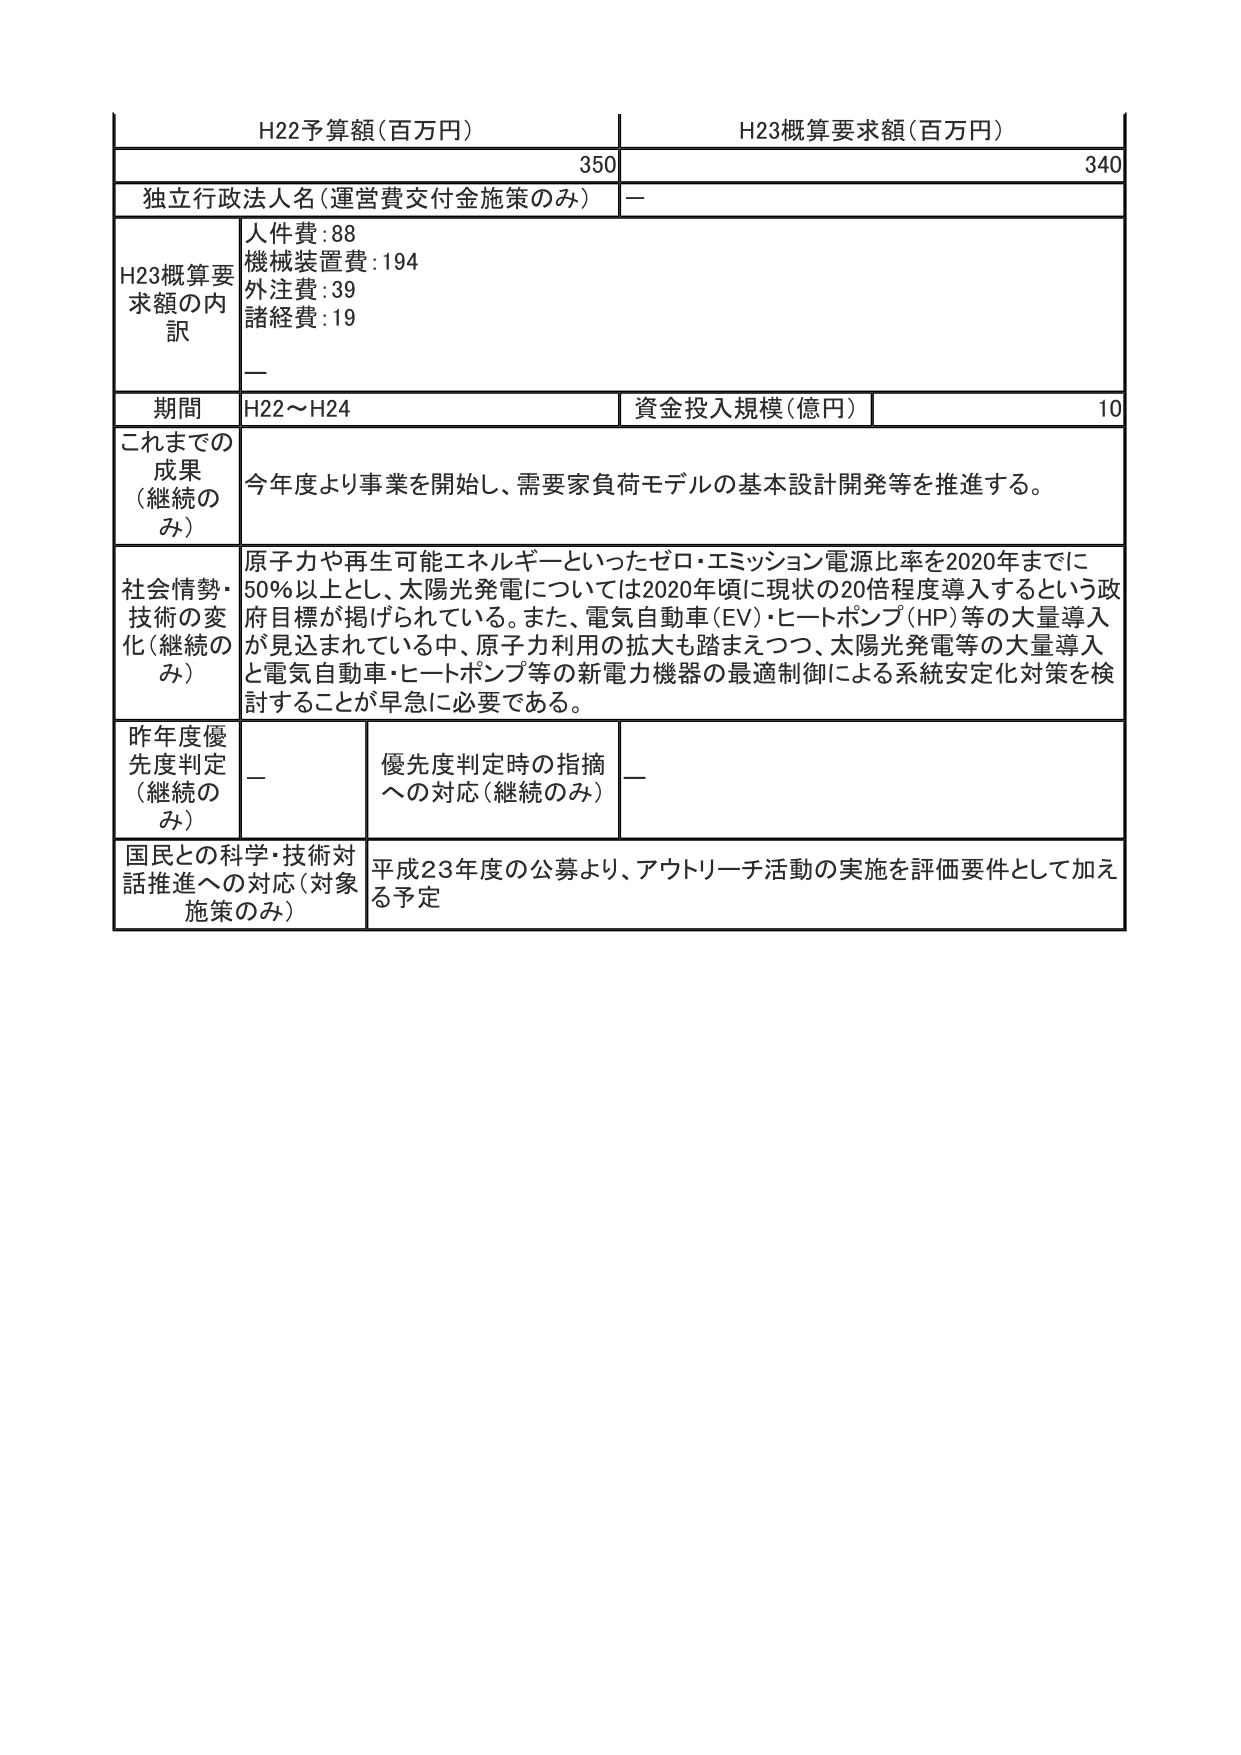
H22予算額(百万円)
350
H23概算要求額(百万円)
340
独立行政法人名(運営費交付金施策のみ)
－
H23概算要求額の内訳
人件費:88
機械装置費:194
外注費:39
諸経費:19
－
期間
H22～H24
資金投入規模(億円)
10
これまでの成果(継続のみ)
今年度より事業を開始し、需要家負荷モデルの基本設計開発等を推進する。
社会情勢・技術の変化(継続のみ)
原子力や再生可能エネルギーといったゼロ・エミッション電源比率を2020年までに50%以上とし、太陽光発電については2020年頃に現状の20倍程度導入するという政府目標が掲げられている。また、電気自動車(EV)・ヒートポンプ(HP)等の大量導入が見込まれている中、原子力利用の拡大も踏まえつつ、太陽光発電等の大量導入と電気自動車・ヒートポンプ等の新電力機器の最適制御による系統安定化対策を検討することが早急に必要である。
昨年度優先度判定(継続のみ)
－
優先度判定時の指摘への対応(継続のみ)
－
国民との科学・技術対話推進への対応(対象施策のみ)
平成23年度の公募より、アウトリーチ活動の実施を評価要件として加える予定